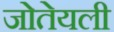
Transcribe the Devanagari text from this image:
जोतेयली